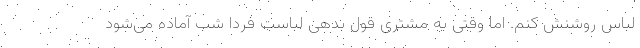
لباس روشنش کنم. اما وقتی به مشتری قول بدهی لباست فردا شب آماده می‌شود